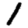
Digit: 1